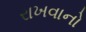
રાખવાનો